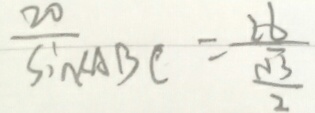
\frac { 2 0 } { \sin \angle A B C } = \frac { 2 6 } { \frac { \sqrt { 3 } } { 2 } }